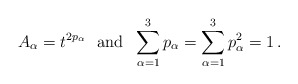
\begin{align*}A_\alpha = t^{2p_\alpha}~~\mbox{and}~~ \sum_{\alpha=1}^3 p_\alpha = \sum_{\alpha=1}^3 p^2_\alpha = 1\,. \end{align*}